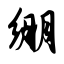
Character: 绷